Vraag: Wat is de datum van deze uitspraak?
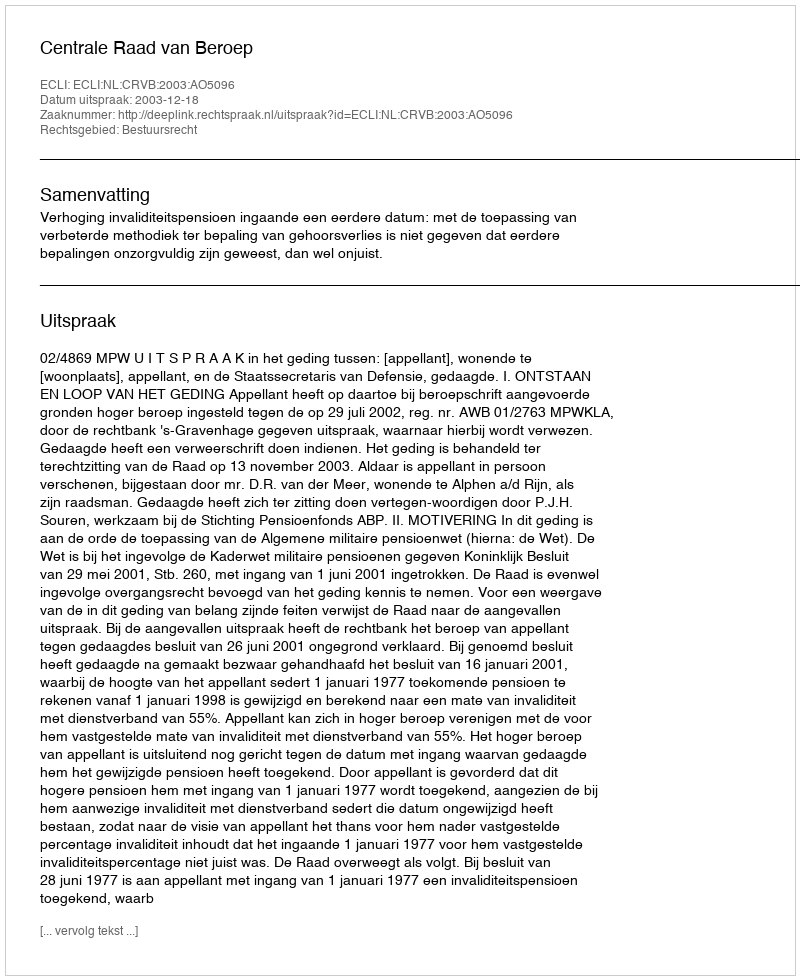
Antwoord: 2003-12-18